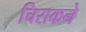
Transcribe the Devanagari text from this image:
चिराकने